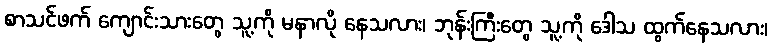
စာသင်ဖက် ကျောင်းသားတွေ သူ့ကို မနာလို နေသလား၊ ဘုန်းကြီးတွေ သူ့ကို ဒေါသ ထွက်နေသလား၊